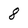
Character: 8